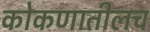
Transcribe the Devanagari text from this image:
कोकणातीलच